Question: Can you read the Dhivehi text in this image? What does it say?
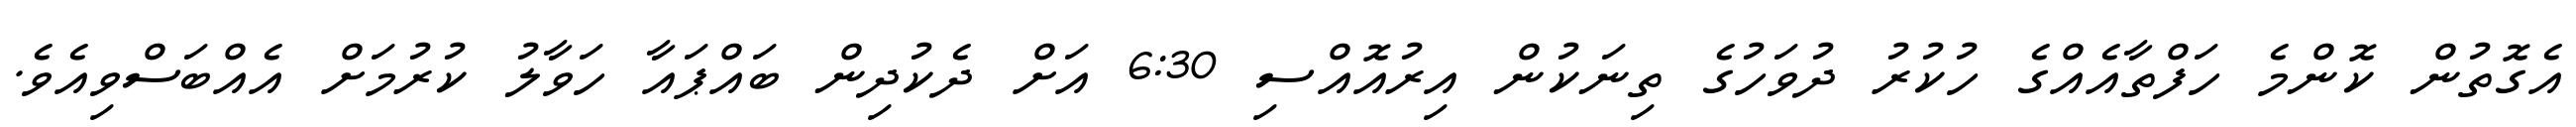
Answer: އެގޮތުން ކޮންމެ ހަފްތާއެއްގެ ހުކުރު ދުވަހުގެ ތިނަކުން އިރުއޮއްސި 6:30 އަށް ދެކުދިން ބައްޕައާ ހަވާލު ކުރުމަށް އެއްބަސްވިއެވެ.